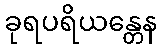
ခုရပရိယန္တေန